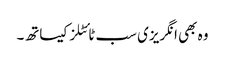
وہ بھی انگریزی سب ٹائٹلز کیساتھ۔